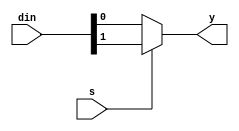
/*
data flow model of a 2x1 mux (Prioritized logic)
*/

module mux_2x1(input[1:0] din, input s, output y);
    assign y = (s==1'b1)?din[1]:(s==1'b0)?din[0]:1'bz;//Prioritized logic
endmodule